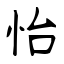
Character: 怡